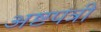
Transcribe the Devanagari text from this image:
अष्टपत्री